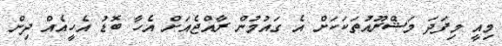
މިއީ މިފަދަ މަޝްރޫއުތަކަކަށް އެ ގައުމުން ރާއްޖެއަށް އެހާ ބޮޑު އެހީއެއް ދިން